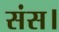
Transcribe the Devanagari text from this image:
संस।